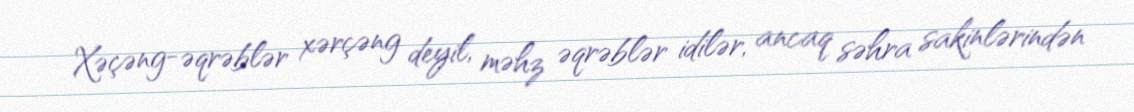
Xəçəng-əqrəblər xərçəng deyil, məhz əqrəblər idilər, ancaq səhra sakinlərindən